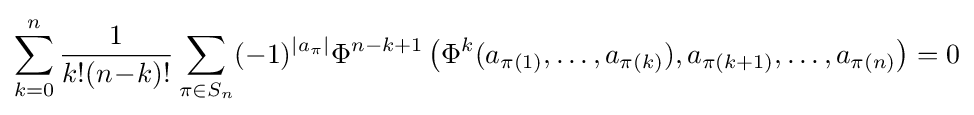
\sum _{k=0}^{n}{\frac {1}{k!(n\!-\!k)!}}\sum _{\pi \in S_{n}}(-1)^{\left|a_{\pi }\right|}\Phi ^{n-k+1}\left(\Phi ^{k}(a_{\pi (1)},\ldots ,a_{\pi (k)}),a_{\pi (k+1)},\ldots ,a_{\pi (n)}\right)=0